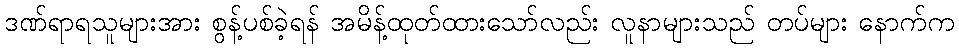
ဒဏ်ရာရသူများအား စွန့်ပစ်ခဲ့ရန် အမိန့်ထုတ်ထားသော်လည်း လူနာများသည် တပ်များ နောက်က